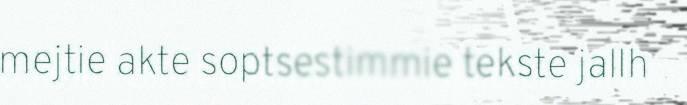
mejtie akte soptsestimmie tekste jallh